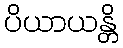
ပိယာယန္တိ